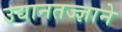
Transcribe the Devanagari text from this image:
उद्यानतज्ज्ञाने